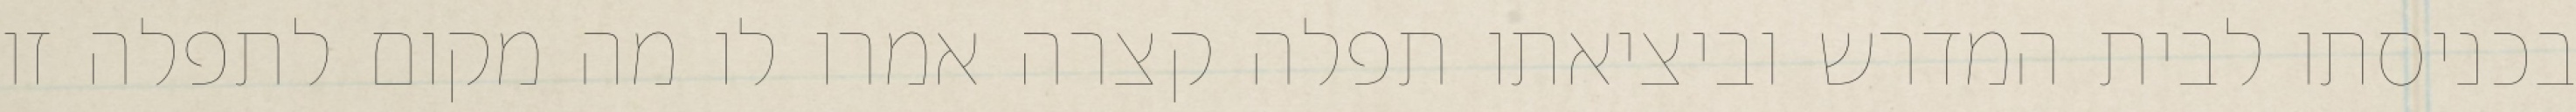
בכניסתו לבית המדרש וביציאתו תפלה קצרה אמרו לו מה מקום לתפלה זו